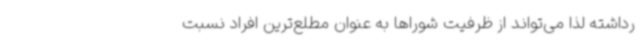
رداشته لذا می‌تواند از ظرفیت شوراها به عنوان مطلع‌ترین افراد نسبت